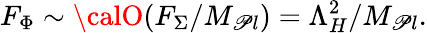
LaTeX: F_{\Phi}\sim{\calO}(F_{\Sigma}/M_{\mathscr{P}l})=\Lambda_{H}^{2}/M_{\mathscr{P}l}.